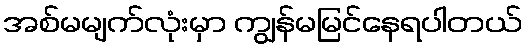
အစ်မမျက်လုံးမှာ ကျွန်မမြင်နေရပါတယ်